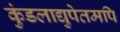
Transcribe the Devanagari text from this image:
कुंडलाद्युपेतमपि